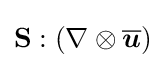
\mathbf {S} :\left(\nabla \otimes {\overline {\boldsymbol {u}}}\right)